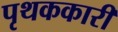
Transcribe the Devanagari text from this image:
पृथककारी